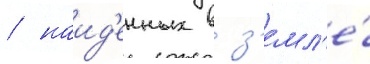
/ наид'енных в з'емл'е́